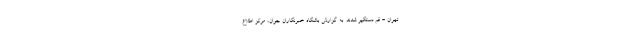
تهران - قم دستگیر شدند. به گزارش باشگاه خبرنگاران جوان، مرکز اطلاع